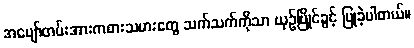
အပျော်တမ်းအားကစားသမားတွေ သက်သက်ကိုသာ ယှဉ်ပြိုင်ခွင့် ပြုခဲ့ပါတယ်။